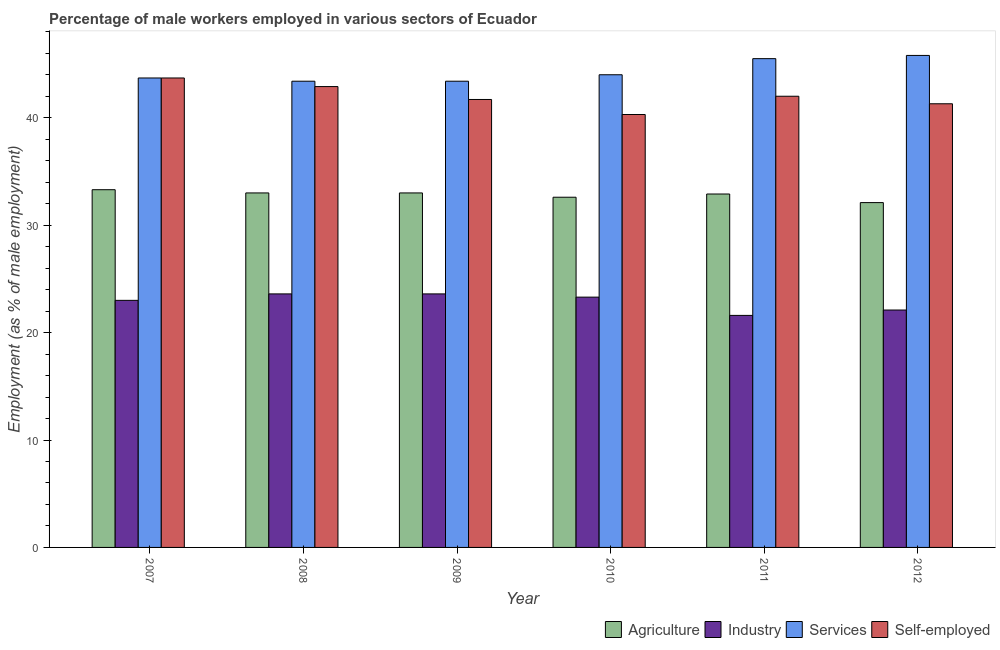
| Year | Agriculture | Industry | Services | Self-employed |
 | --- | --- | --- | --- | --- |
 | 2007 | 33.3 | 23 | 43.7 | 43.7 |
 | 2008 | 33 | 23.6 | 43.4 | 42.9 |
 | 2009 | 33 | 23.6 | 43.4 | 41.7 |
 | 2010 | 32.6 | 23.3 | 44 | 40.3 |
 | 2011 | 32.9 | 21.6 | 45.5 | 42 |
 | 2012 | 32.1 | 22.1 | 45.8 | 41.3 |